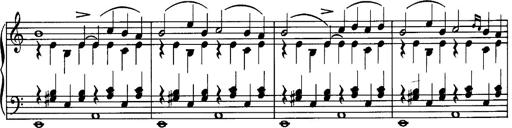
Title: La romanesca
Composer: Franz Liszt